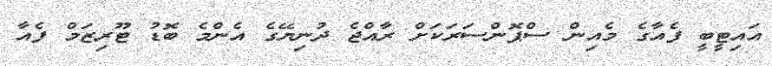
އައިޓީބީ ފެއާގެ މެއިން ސްޕޮންސަރަކަށް ރާއްޖެ ދުނިޔޭގެ އެންމެ ބޮޑު ޓޫރިޒަމް ފެއާ